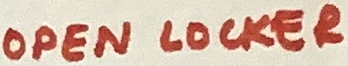
Text: OPEN LOCKER